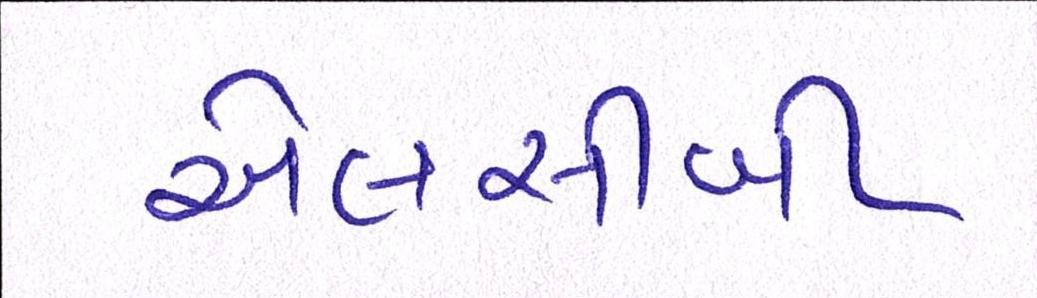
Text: એલસીબી